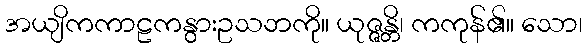
အယျိကကာဠကနွားဥသဘကို။ ယုဇ္ဇန္တိ၊ ကကုန်၏။ သော၊